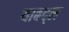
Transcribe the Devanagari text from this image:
याबद्ल